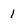
Character: 1